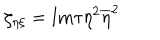
LaTeX: \zeta _ { \eta \xi } = \mathrm { I m } \tau \eta ^ { 2 } \overline { { { \eta } } } ^ { 2 }